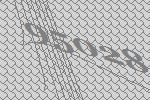
95028